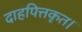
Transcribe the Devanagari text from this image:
दाहपित्तकृत।